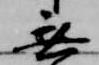
無